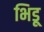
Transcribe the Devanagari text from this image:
भिडू